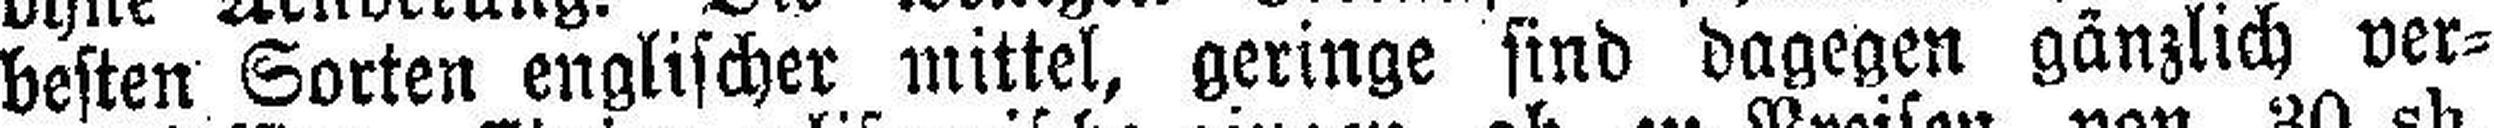
besten Sorten englischer mittel, geringe sind dagegen gänzlich ver¬